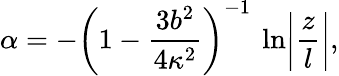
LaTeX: \alpha=-\left(1-\frac{3b^{2}}{4\kappa^{2}}\right)^{-1}\: \ln\biggl|\frac{z}{l}\biggr|,